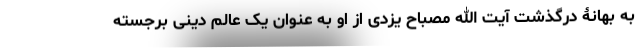
به بهانۀ درگذشت آیت الله مصباح یزدی از او به عنوان یک عالم دینی برجسته